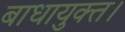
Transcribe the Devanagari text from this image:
बाधायुक्त।